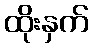
ထိုးနှက်